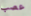
عصب